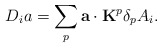
\begin{align*}D_ia=\sum_p{\bf a}\cdot {\bf K}^p\delta_pA_i.\end{align*}